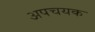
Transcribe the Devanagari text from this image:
अपचयक